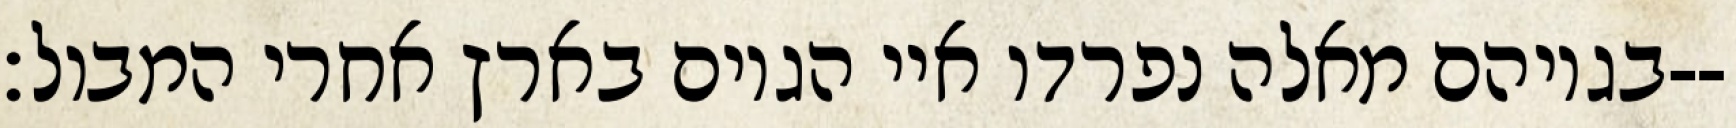
בגויהם מאלה נפרדו איי הגוים בארץ אחרי המבול׃--